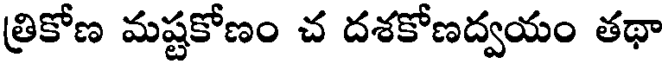
త్రికోణ మష్టకోణం చ దశకోణద్వయం తథా